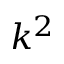
k ^ { 2 }